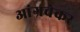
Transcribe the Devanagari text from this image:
आंगचेकर